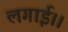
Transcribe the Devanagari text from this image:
लगाई।।